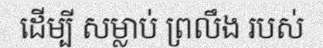
ដើម្បី សម្លាប់ ព្រលឹង របស់